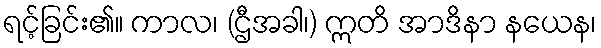
ရင့်ခြင်း၏။ ကာလ၊ (ဌီအခါ၊) ဣတိ အာဒိနာ နယေန၊